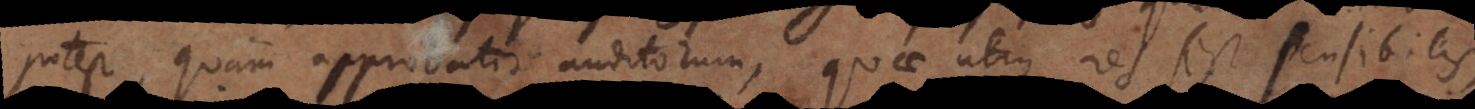
potest, quam approbatio auditorum, quae utique res est sensibilis,